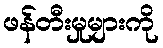
ဖန်တီးမှုများကို